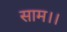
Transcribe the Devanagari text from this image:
साम।।